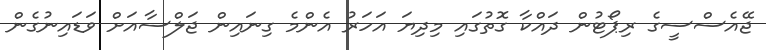
ޖޭއެސްސީގެ ރިޕޯޓުން ދައްކާ ގޮތުގައި މިދިޔަ އަހަރު އެންމެ ގިނައިން ޖަލްސާއަށް ވަޑައިނުގެން